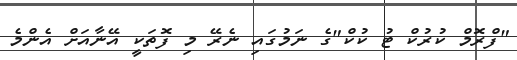
"ފްރޮމް ކުރުކް ޓު ކުކް"ގެ ނަމުގައި ނެރޭ މި ފޮތަކީ އޭނާއަށް އެންމެ